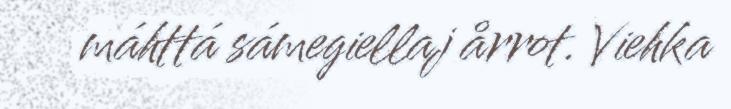
máhttá sámegiellaj årrot. Viehka